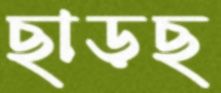
ছাড়ছ